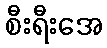
စီးရီးအေ